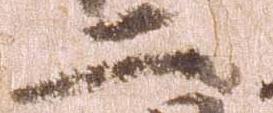
二